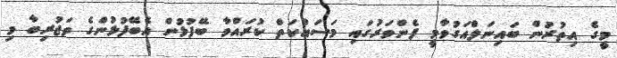
މީގެ އިތުރުން ބައިނަލްއަގުވާމީ ފެންވަރުގައި މަސައްކަތް ކުރައްވާ ބޭފުޅުން އެބޭފުޅުންގެ ތަޖުރިބާ މި